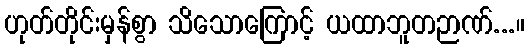
ဟုတ်တိုင်းမှန်စွာ သိသောကြောင့် ယထာဘူတဉာဏ်...။